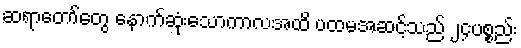
ဆရာတော်တွေ နောက်ဆုံးသောကာလအထိ ပထမအဆင့်သည် ၂၄ပစ္စည်း